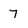
Character: 7